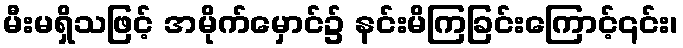
မီးမရှိသဖြင့် အမိုက်မှောင်၌ နင်းမိကြခြင်းကြောင့်၎င်း၊